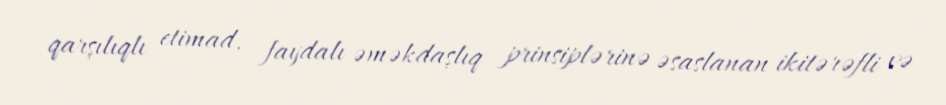
qarşılıqlı etimad, faydalı əməkdaşlıq prinsiplərinə əsaslanan ikitərəfli və